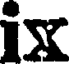
ix